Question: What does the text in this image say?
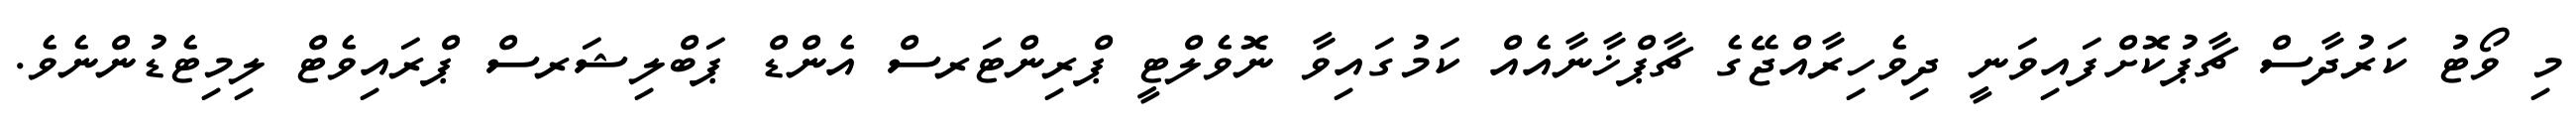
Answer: މި ވޯޓު ކަރުދާސް ޗާޕުކޮށްފައިވަނީ ދިވެހިރާއްޖޭގެ ޗާޕްޚާނާއެއް ކަމުގައިވާ ނޮވެލްޓީ ޕްރިންޓަރސް އެންޑް ޕަބްލިޝަރސް ޕްރައިވެޓް ލިމިޓެޑުންނެވެ.